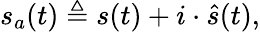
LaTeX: s_{a}(t)\triangleq s(t)+i\cdot{\hat{s}}(t),